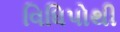
વિધિપોથી